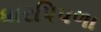
ધારપિપળા